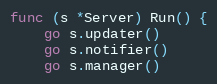
Language: Go
func (s *Server) Run() {
	go s.updater()
	go s.notifier()
	go s.manager()